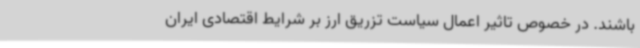
باشند. در خصوص تاثیر اعمال سیاست تزریق ارز بر شرایط اقتصادی ایران